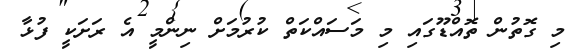
މި ގޮތުން ތޮއްޑޫގައި މި މަސައްކަތް ކުރުމަށް ނިންމީ އެ ރަށަކީ ފުޅާ